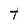
Character: t